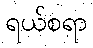
ရယ်စရာ